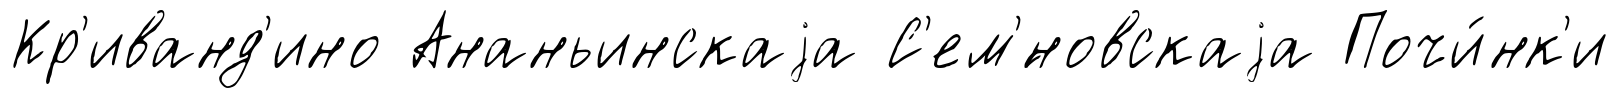
Кр'иванд'ино Ананьинскаjа С'ем'́новскаjа Почи́нк'и